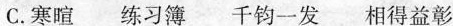
C.寒暄练习簿千钧一发相得益彰